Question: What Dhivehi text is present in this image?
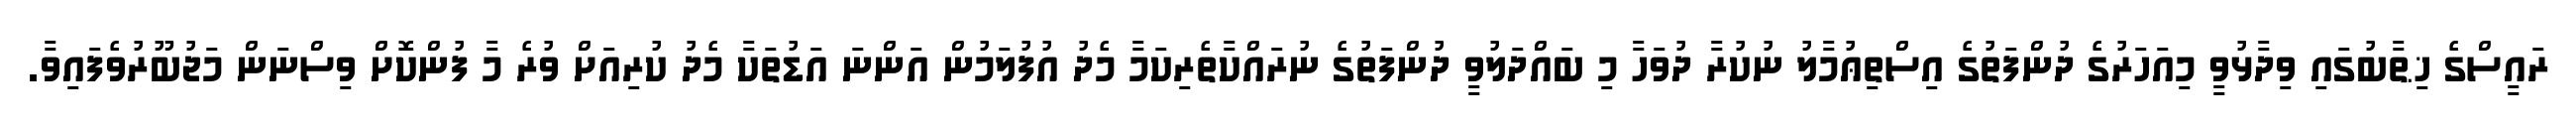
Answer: ރައީސްގެ ޚިޠާބުގައި ވިދާޅުވީ މިއަހަރުގެ ދުންފަތުގެ އިސްތިޢުމާލު ނުކުރާ ދުވަހާ މި ބައްދަލުވީ ދުންފަތުގެ ނުރައްކާތެރިކަމާ މެދު އުފުލަމުން އަންނަ އަޑުތަކާ މެދު ކުރިއަށް ވުރެ މާ ފުންކޮށް ވިސްނަން މަޖުބޫރުވެފައިވާ.